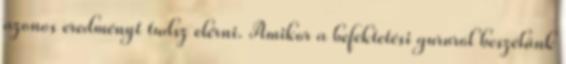
azonos eredményt tudsz elérni. Amikor a befektetési gururól beszélünk